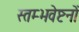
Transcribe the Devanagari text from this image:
स्तम्भवेष्टनों